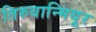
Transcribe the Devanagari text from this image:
तिरुवान्मियूर